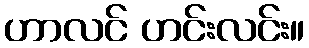
ဟာလင် ဟင်းလင်း။